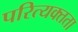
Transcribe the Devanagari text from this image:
परित्यक्तता